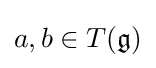
a,b\in T({\mathfrak {g}})